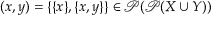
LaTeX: ( x , y ) = \{ \{ x \} , \{ x , y \} \} \in { \mathcal { P } } ( { \mathcal { P } } ( X \cup Y ) )